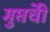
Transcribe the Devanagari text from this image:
गुप्तेची